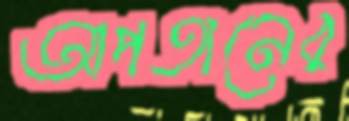
আপতানের